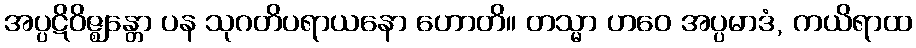
အပ္ပဋိဝိဇ္ဈန္တော ပန သုဂတိပရာယနော ဟောတိ။ တသ္မာ ဟဝေ အပ္ပမာဒံ, ကယိရာထ